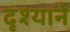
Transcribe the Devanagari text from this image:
दृश्याने